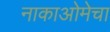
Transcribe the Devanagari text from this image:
नाकाओमेचा